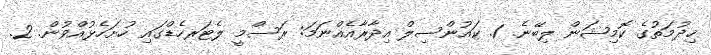
ޚިދުމަތުގެ ކޮމިޝަން ލިބޭނެ. 1. ކައުންސިލް އިދާރާއެއްނަމަ: ރަސްމީ ލެޓަރހެޑްގައި ހުށަހެޅުއްވުން. 2.